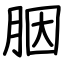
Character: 胭